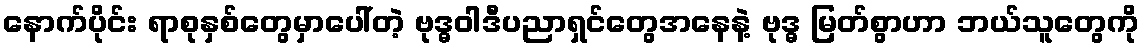
နောက်ပိုင်း ရာစုနှစ်တွေမှာပေါ်တဲ့ ဗုဒ္ဓဝါဒီပညာရှင်တွေအနေနဲ့ ဗုဒ္ဓ မြတ်စွာဟာ ဘယ်သူတွေကို